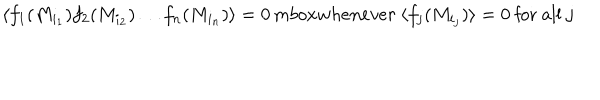
\langle f _ { 1 } ( M _ { i _ { 1 } } ) f _ { 2 } ( M _ { i _ { 2 } } ) \ldots f _ { n } ( M _ { i _ { n } } ) \rangle = 0 \, m b o x { w h e n e v e r } \ \langle f _ { j } ( M _ { i _ { j } } ) \rangle = 0 \ \mathrm { f o r ~ a l l } \ j